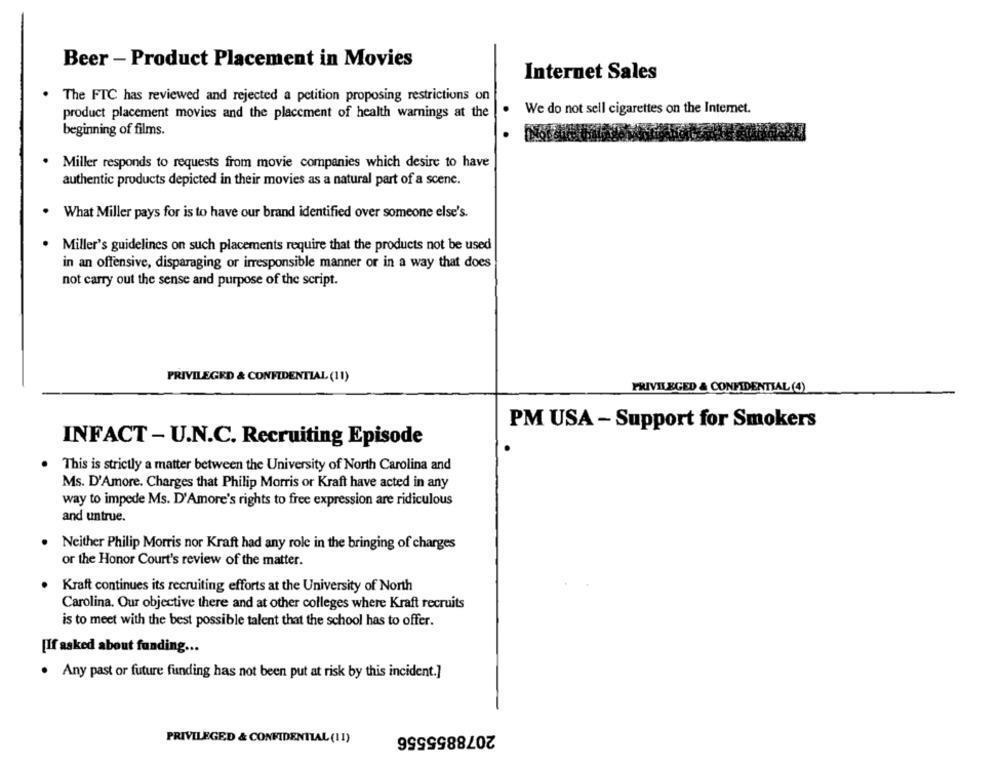
Beer - Product Placement in Movies
Internet Sales
The FTC has reviewed and rejected a petition proposing restrictions on
product placement movies and the placement of health warnings at the
We do not sell cigarettes on the Internet.
beginning of films.
. Miller responds to requests from movie companies which desire to have
authentic products depicted in their movies as a natural part of a scene.
What Miller pays for is to have our brand identified over someone else's.
. Miller's guidelines on such placements require that the products not be used
in an offensive, disparaging or irresponsible manner or in a way that does
not carry out the sense and purpose of the script.
PRIVILEGED & CONFIDENTIAL (11)
PRIVILEGED & CONFIDENTIAL(4)
PM USA - Support for Smokers
INFACT - U.N.C. Recruiting Episode
This is strictly a matter between the University of North Carolina and
Ms. D'Amore. Charges that Philip Morris or Kraft have acted in any
way to impede Ms. D'Amore's rights to free expression are ridiculous
and untrue.
Neither Philip Morris nor Kraft had any role in the bringing of charges
or the Honor Court's review of the matter.
Kraft continues its recruiting efforts at the University of North
Carolina. Our objective there and at other colleges where Kraft recruits
is to meet with the best possible talent that the school has to offer.
[If asked about funding ...
. Any past or future funding has not been put at risk by this incident.]
2078855556
PRIVILEGED & CONFIDENTIAL (II)